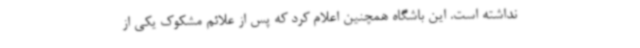
نداشته است. این باشگاه همچنین اعلام کرد که پس از علائم مشکوک یکی از